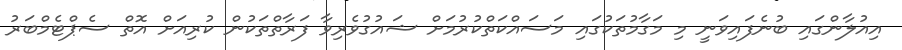
އިއުލާންގައި ބުނެފައިވަނީ މި މަގާމުތަކުގައި މަސައްކަތްކުރުމަށް ޝައުގުވެރިވާ ފަރާތްތަކުން ކުރިއަށް އޮތް ސެޕްޓެމްބަރު